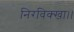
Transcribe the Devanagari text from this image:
निरविक्खा।।